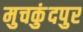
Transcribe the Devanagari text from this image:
मुचकुंदपुर